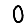
Digit: 0